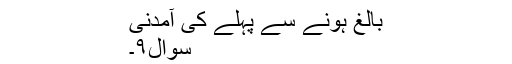
بالغ ہونے سے پہلے کی آمدنی
سوال۹۔